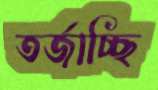
তর্জাচ্ছি